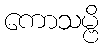
ကောသမ္ဗိ